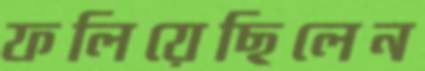
ফলিয়েছিলেন